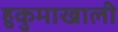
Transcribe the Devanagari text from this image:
हुकुमाखाली